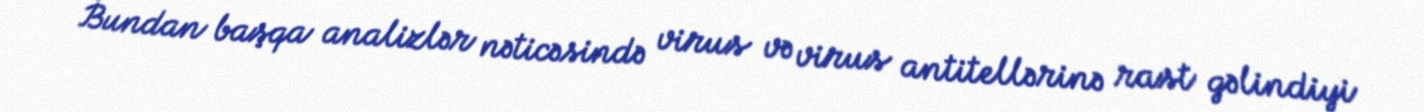
Bundan başqa analizlər nəticəsində virus və virus antitellərinə rast gəlindiyi